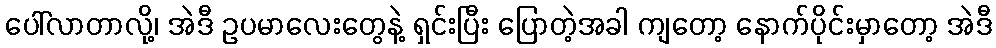
ပေါ်လာတာလို့၊ အဲဒီ ဥပမာလေးတွေနဲ့ ရှင်းပြီး ပြောတဲ့အခါ ကျတော့ နောက်ပိုင်းမှာတော့ အဲဒီ